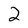
Character: 2